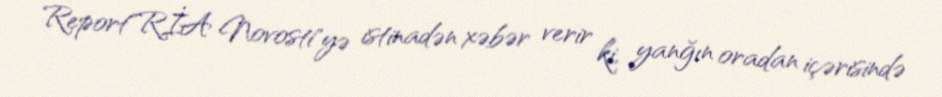
Report"RİA Novosti"yə istinadən xəbər verir ki, yanğın oradan içərisində